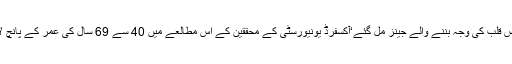
اسی بارے میںدل کے دورے پر خواتین کے لیے مردوں کی نسبت کم علاج’جان لیوا امراض قلب کی وجہ بننے والے جینز مل گئے‘آکسفرڈ یونیورسٹی کے محققین کے اس مطالعے میں 40 سے 69 سال کی عمر کے پانچ لاکھ افراد کی معلومات کا جائزہ لیا گیا جو سب یو کے بائیو بینک ڈیٹا بیس میں شامل تھے۔